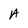
Character: A